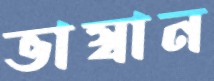
ভাস্বান